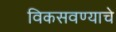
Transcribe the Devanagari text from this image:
विकसवण्याचे